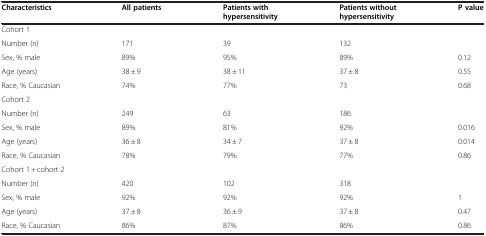
<table><thead><tr><td><b>Characteristics</b></td><td><b>All patients</b></td><td><b>Patients with</b></td><td><b>Patients without</b></td><td><b>P value</b></td></tr><tr><td><b> </b></td><td><b> </b></td><td><b>hypersensitivity</b></td><td><b>hypersensitivity</b></td><td><b> </b></td></tr></thead><tbody><tr><td>Cohort 1</td><td> </td><td> </td><td> </td><td> </td></tr><tr><td>Number (n)</td><td>171</td><td>39</td><td>132</td><td> </td></tr><tr><td>Sex, % male</td><td>89%</td><td>95%</td><td>89%</td><td>0.12</td></tr><tr><td>Age (years)</td><td>38 ± 9</td><td>38 ± 11</td><td>37 ± 8</td><td>0.55</td></tr><tr><td>Race, % Caucasian</td><td>74%</td><td>77%</td><td>73</td><td>0.68</td></tr><tr><td>Cohort 2</td><td> </td><td> </td><td> </td><td> </td></tr><tr><td>Number (n)</td><td>249</td><td>63</td><td>186</td><td> </td></tr><tr><td>Sex, % male</td><td>89%</td><td>81%</td><td>92%</td><td>0.016</td></tr><tr><td>Age (years)</td><td>36 ± 8</td><td>34 ± 7</td><td>37 ± 8</td><td>0.014</td></tr><tr><td>Race, % Caucasian</td><td>78%</td><td>79%</td><td>77%</td><td>0.86</td></tr><tr><td>Cohort 1 + cohort 2</td><td> </td><td> </td><td> </td><td> </td></tr><tr><td>Number (n)</td><td>420</td><td>102</td><td>318</td><td> </td></tr><tr><td>Sex, % male</td><td>92%</td><td>92%</td><td>92%</td><td>1</td></tr><tr><td>Age (years)</td><td>37 ± 8</td><td>36 ± 9</td><td>37 ± 8</td><td>0.47</td></tr><tr><td>Race, % Caucasian</td><td>86%</td><td>87%</td><td>86%</td><td>0.86</td></tr></tbody></table>